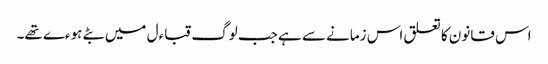
اس قانون کا تعلق اس زمانے سے ہے جب لوگ قباءل میں بٹے ہوءے تھے۔